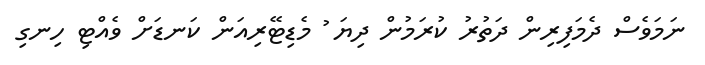
ނަމަވެސް ދެމަފިރިން ދަތުރު ކުރަމުން ދިޔަ ު މެޑިޓޭރިއަން ކަނޑަށް ވެއްޓި ހިނގި